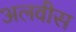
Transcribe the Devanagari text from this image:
अलवीस